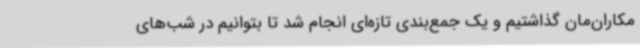
مکاران‌مان گذاشتیم و یک جمع‌بندی تازه‌ای انجام شد تا بتوانیم در شب‌های